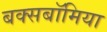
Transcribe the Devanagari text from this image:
बक्सबॉमिया